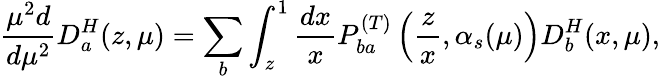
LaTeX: \frac{\mu^{2}d}{d\mu^{2}}D_{a}^{H}(z,\mu)=\sum_{b}\int_{z}^{1}\frac{dx}{x}P_{ba}^{(T)}\left(\frac{z}{x},\alpha_{s}(\mu)\right)D_{b}^{H}(x,\mu),